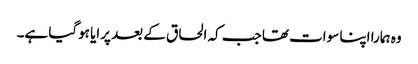
وہ ہمارا اپنا سوات تھا جب کہ الحاق کے بعد پرایا ہوگیا ہے۔